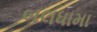
બલધામા